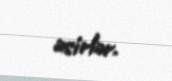
əsirlər.